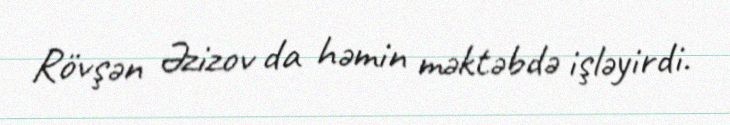
Rövşən Əzizov da həmin məktəbdə işləyirdi.